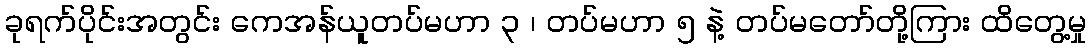
ခုရက်ပိုင်းအတွင်း ကေအန်ယူတပ်မဟာ ၃ ၊ တပ်မဟာ ၅ နဲ့ တပ်မတော်တို့ကြား ထိတွေ့မှု